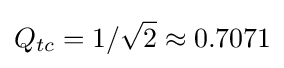
Q_{tc}=1/{\sqrt {2}}\approx 0.7071